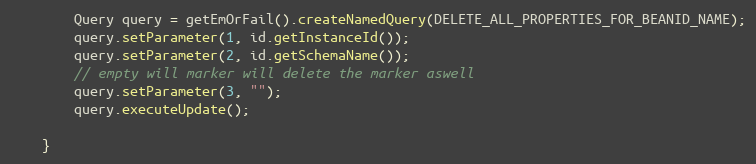
Language: Java
        Query query = getEmOrFail().createNamedQuery(DELETE_ALL_PROPERTIES_FOR_BEANID_NAME);
        query.setParameter(1, id.getInstanceId());
        query.setParameter(2, id.getSchemaName());
        // empty will marker will delete the marker aswell
        query.setParameter(3, "");
        query.executeUpdate();

    }